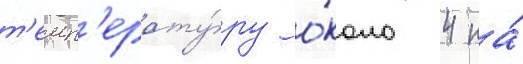
т'емп'ерату́ру о́коло 4 на́